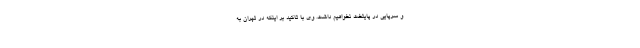
و سرپایی در پایتخت نخواهیم داشت. وی با تاکید بر اینکه در تهران به